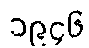
၁၉၄၆